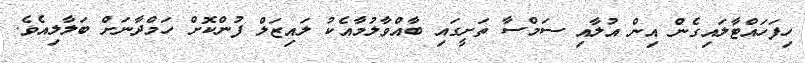
ހިފަހައްޓާލައިގެން އިން އުލާއި ސަމްސާ ތަށީގައި ބާއްވާލުމާއެކު ލައިޒަލް ފުންކޮށް ހަމްދާނަށް ބަލާލިއެވެ.